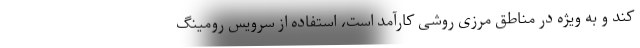
کند و به ویژه در مناطق مرزی روشی کارآمد است، استفاده از سرویس رومینگ